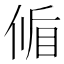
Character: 𬾱